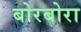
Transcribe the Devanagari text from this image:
बोरबोरा